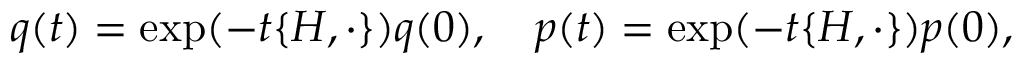
q ( t ) = \exp ( - t \{ H , \cdot \} ) q ( 0 ) , \quad p ( t ) = \exp ( - t \{ H , \cdot \} ) p ( 0 ) ,